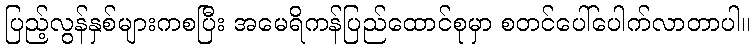
ပြည့်လွန်နှစ်များကစပြီး အမေရိကန်ပြည်ထောင်စုမှာ စတင်ပေါ်ပေါက်လာတာပါ။